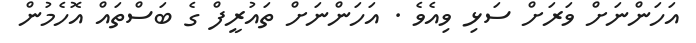
އަހަންނަށް ވަރަށް ސަޅި ވިއެވެ . އަހަންނަށް ތައުރީފް ގެ ބަސްތައް އޮހެމުން